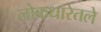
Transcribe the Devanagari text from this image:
लोकधारेतले